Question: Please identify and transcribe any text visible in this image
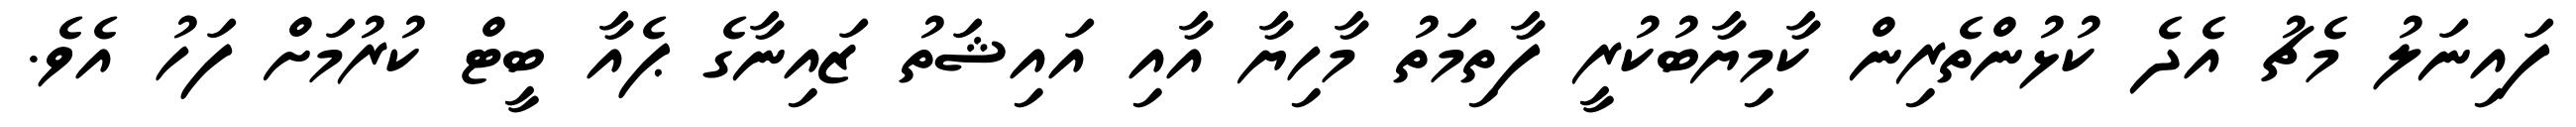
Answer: ފައިނަލު މެޗު އެދެ ކުޅުންތެރިން ކާމިޔާބުކުރީ ފާތިމަތު މާހިޔާ އާއި އައިޝަތު ޒައިނާގެ ޕެއާ ބީޓް ކުރުމަށް ފަހު އެވެ.